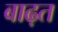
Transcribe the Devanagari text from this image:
बाढ़त